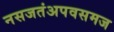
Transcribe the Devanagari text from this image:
नसजतंअपवसमज